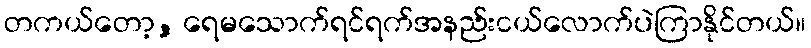
တကယ်တော့, ရေမသောက်ရင်ရက်အနည်းငယ်လောက်ပဲကြာနိုင်တယ်။